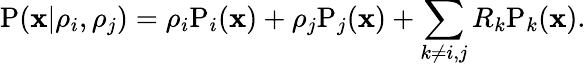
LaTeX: \mathrm{P}(\mathbf x|\mathbf\rho_{i},\rho_{j})=\rho_{i}\mathrm P_{i}(\mathbf x)+\rho_{j}\mathrm P_{j}(\mathbf x)+\sum_{k\neq i,j}R_{k}\mathrm P_{k}(\mathbf x).